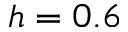
h = 0 . 6